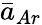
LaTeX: \bar{a}_{Ar}